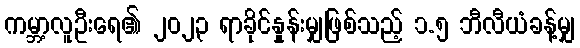
ကမ္ဘာ့လူဦးရေ၏ ၂၀၂၃ ရာခိုင်နှုန်းမျှဖြစ်သည့် ၁.၅ ဘီလီယံခန့်မျှ